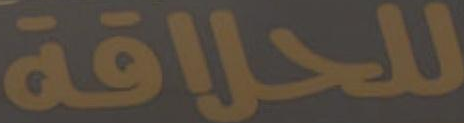
للحلاقة